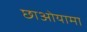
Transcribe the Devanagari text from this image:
छाओयामा